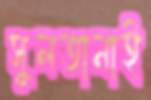
সুলতানাই